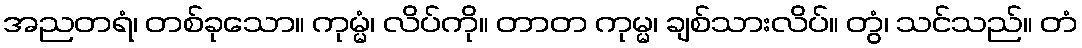
အညတရံ၊ တစ်ခုသော။ ကုမ္မံ၊ လိပ်ကို။ တာတ ကုမ္မ၊ ချစ်သားလိပ်။ တွံ၊ သင်သည်။ တံ